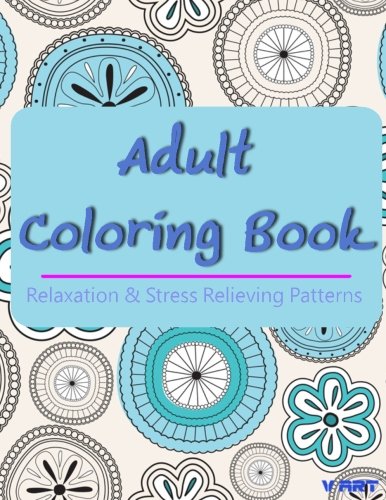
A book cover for Adult Coloring Book: Coloring Books For Adults, Coloring Books for Grown ups : Relaxation & Stress Relieving Patterns (Volume 27); Coloring Books For Adults; Arts & Photography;